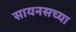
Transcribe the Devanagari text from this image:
सायनसच्या